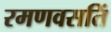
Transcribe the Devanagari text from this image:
रमणवसतिं